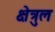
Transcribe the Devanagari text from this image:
क्षेत्रुल